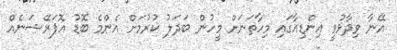
އޭނާ ވިދާޅުވީ އިންޑިއާގައި މިހާތަނަށް މީހުން ބަދަލު ކުރުމަށް އެންމެ ބޮޑު އޮޕަރޭޝަނެއް